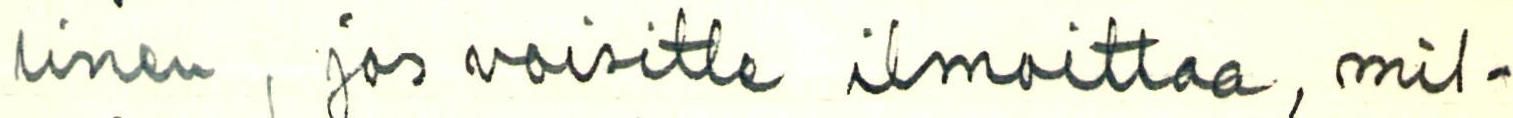
linen, jos voisitte ilmoittaa, mil-